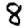
Digit: 8